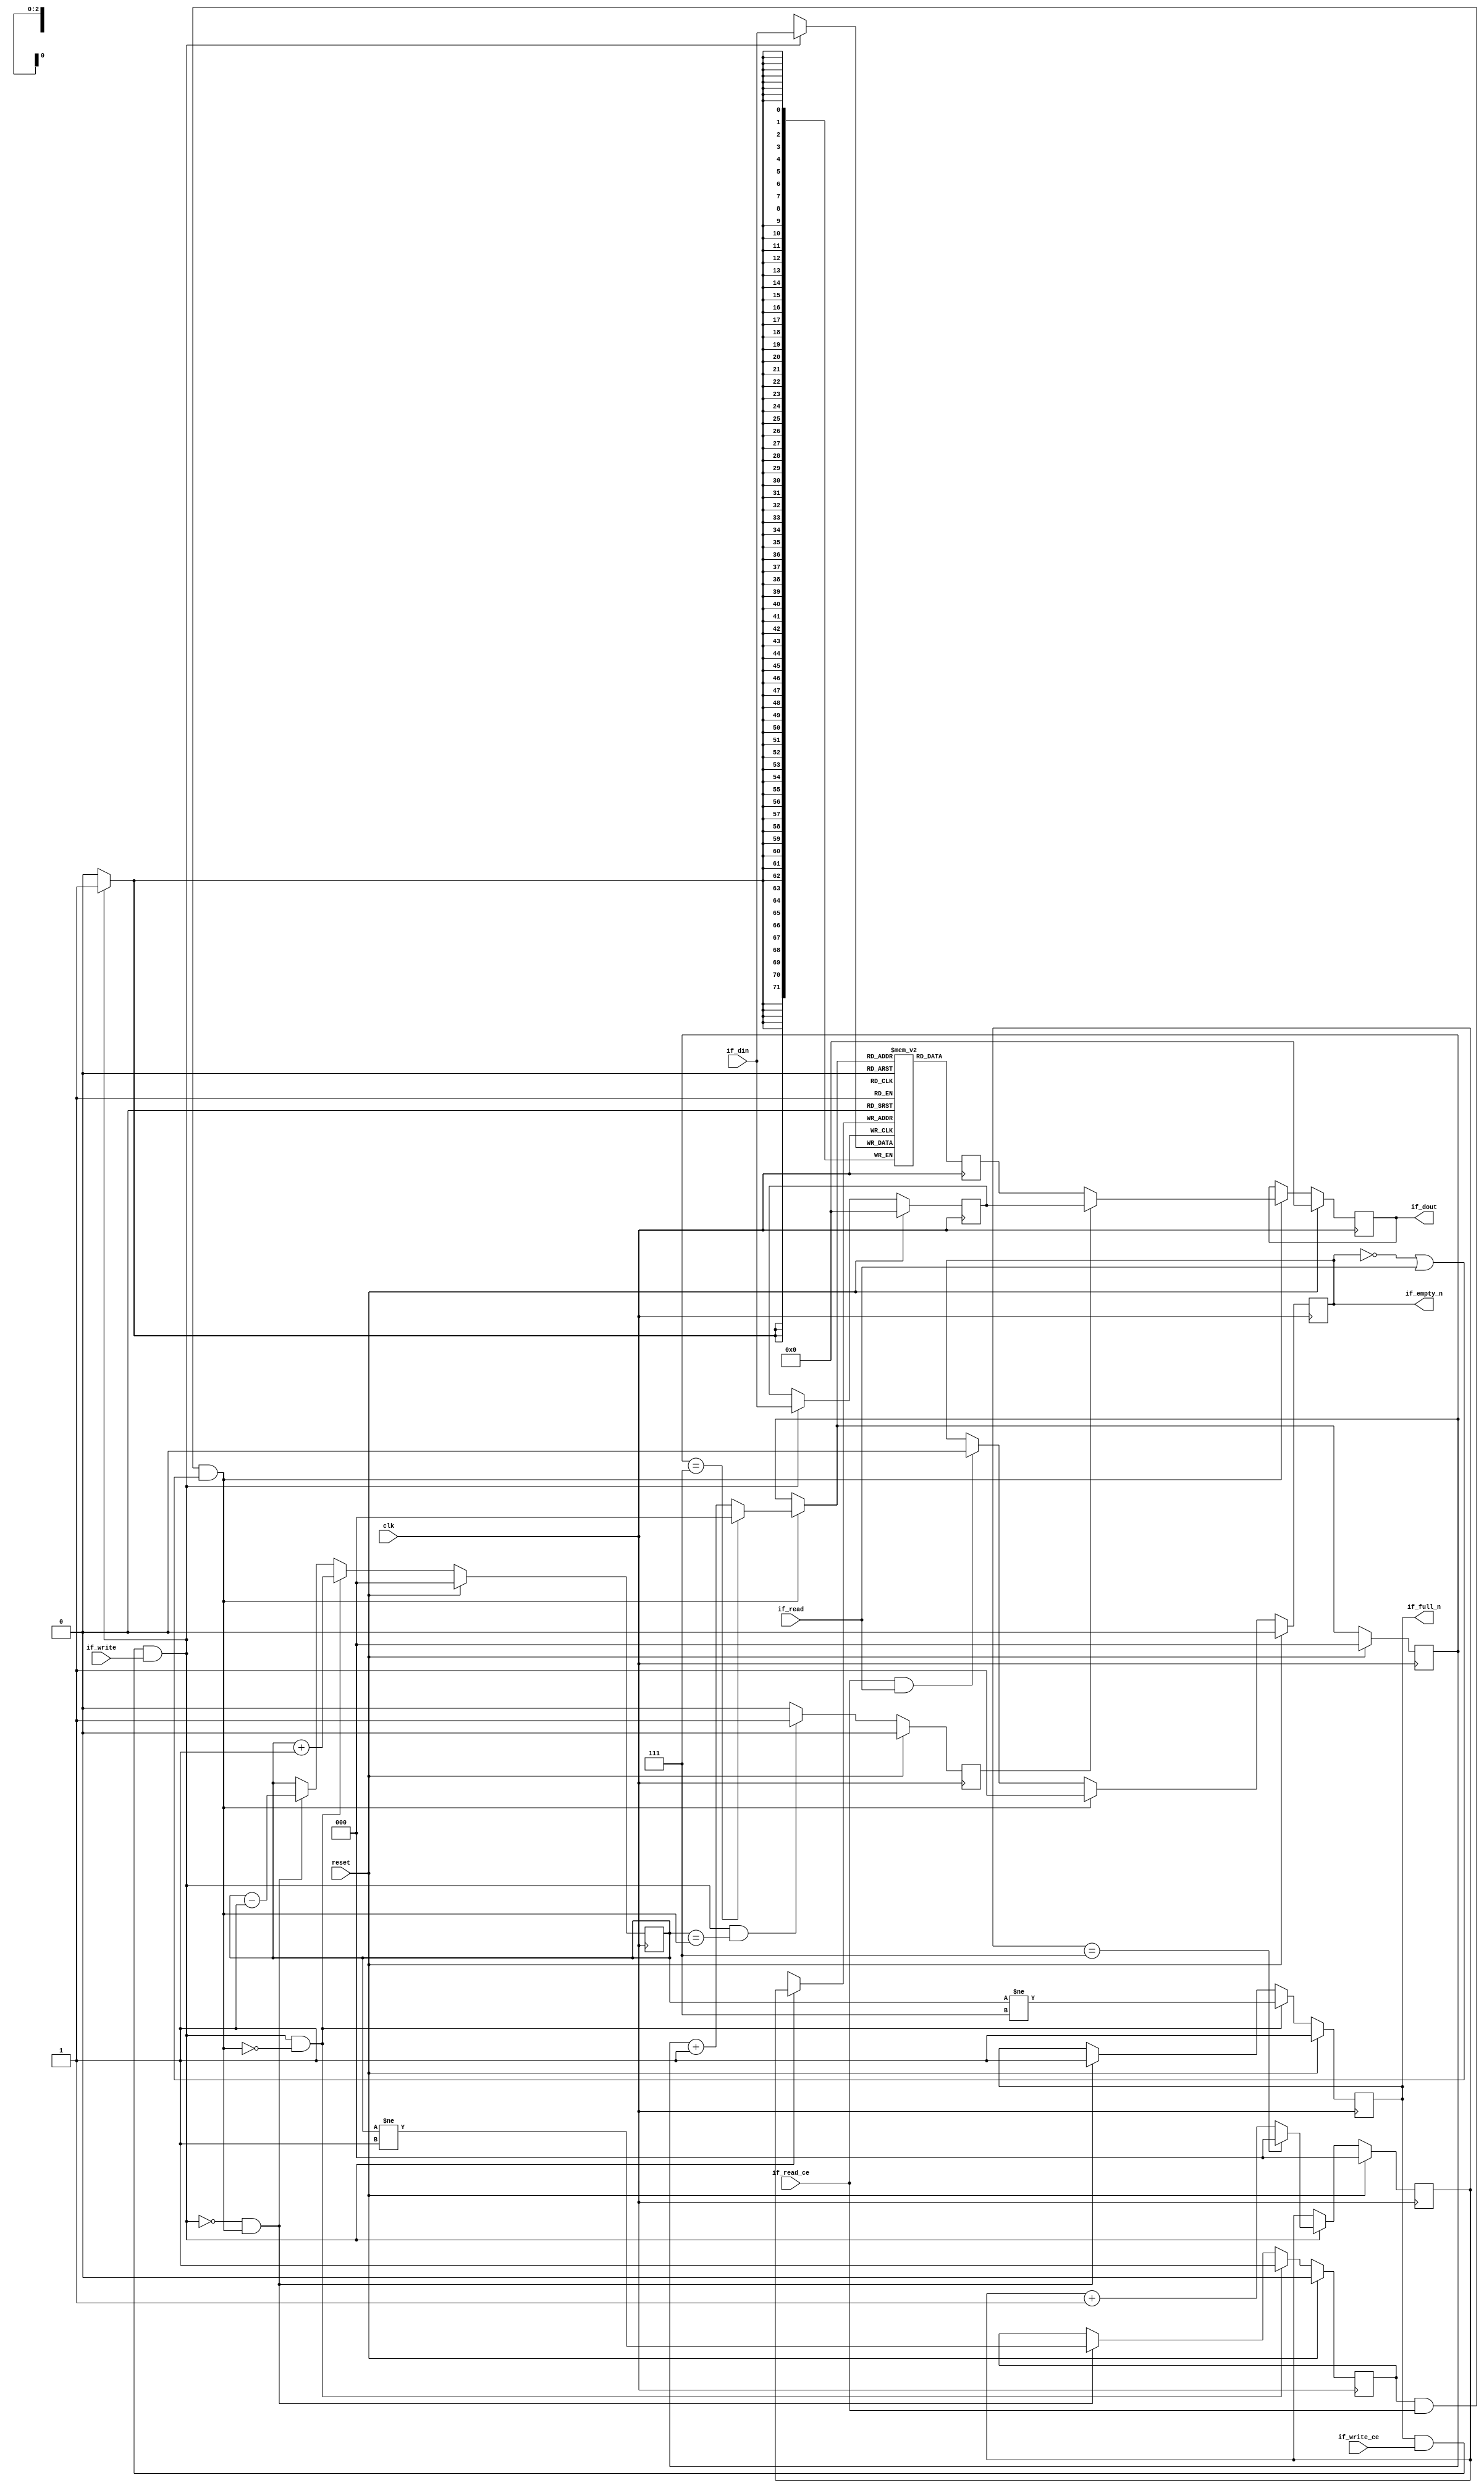
// ==============================================================
// File generated by Vivado(TM) HLS - High-Level Synthesis from C, C++ and SystemC
// Version: 2015.1
// Copyright (C) 2015 Xilinx Inc. All rights reserved.
// 
// ==============================================================


`timescale 1ns/1ps

module FIFO_toe_rxTcpFsm2wrAccessBreakdown_V
#(parameter
    MEM_STYLE  = "block",
    DATA_WIDTH = 72,
    ADDR_WIDTH = 3,
    DEPTH      = 8
)
(
    // system signal
    input  wire                  clk,
    input  wire                  reset,

    // write
    output wire                  if_full_n,
    input  wire                  if_write_ce,
    input  wire                  if_write,
    input  wire [DATA_WIDTH-1:0] if_din,

    // read
    output wire                  if_empty_n,
    input  wire                  if_read_ce,
    input  wire                  if_read,
    output wire [DATA_WIDTH-1:0] if_dout
);
//------------------------Parameter----------------------

//------------------------Local signal-------------------
(* ram_style = MEM_STYLE *)
reg  [DATA_WIDTH-1:0] mem[0:DEPTH-1];
reg  [DATA_WIDTH-1:0] q_buf = 1'b0;
reg  [ADDR_WIDTH-1:0] waddr = 1'b0;
reg  [ADDR_WIDTH-1:0] raddr = 1'b0;
wire [ADDR_WIDTH-1:0] wnext;
wire [ADDR_WIDTH-1:0] rnext;
wire                  push;
wire                  pop;
reg  [ADDR_WIDTH-1:0] usedw = 1'b0;
reg                   full_n = 1'b1;
reg                   empty_n = 1'b0;
reg  [DATA_WIDTH-1:0] q_tmp = 1'b0;
reg                   show_ahead = 1'b0;
reg  [DATA_WIDTH-1:0] dout_buf = 1'b0;
reg                   dout_valid = 1'b0;


//------------------------Instantiation------------------

//------------------------Task and function--------------

//------------------------Body---------------------------
assign if_full_n  = full_n;
assign if_empty_n = dout_valid;
assign if_dout    = dout_buf;
assign push       = full_n & if_write_ce & if_write;
assign pop        = empty_n & if_read_ce & (~dout_valid | if_read);
assign wnext      = !push                ? waddr :
                    (waddr == DEPTH - 1) ? 1'b0  :
                    waddr + 1'b1;
assign rnext      = !pop                 ? raddr :
                    (raddr == DEPTH - 1) ? 1'b0  :
                    raddr + 1'b1;

// waddr
always @(posedge clk) begin
    if (reset == 1'b1)
        waddr <= 1'b0;
    else
        waddr <= wnext;
end

// raddr
always @(posedge clk) begin
    if (reset == 1'b1)
        raddr <= 1'b0;
    else
        raddr <= rnext;
end

// usedw
always @(posedge clk) begin
    if (reset == 1'b1)
        usedw <= 1'b0;
    else if (push & ~pop)
        usedw <= usedw + 1'b1;
    else if (~push & pop)
        usedw <= usedw - 1'b1;
end

// full_n
always @(posedge clk) begin
    if (reset == 1'b1)
        full_n <= 1'b1;
    else if (push & ~pop)
        full_n <= (usedw != DEPTH - 1);
    else if (~push & pop)
        full_n <= 1'b1;
end

// empty_n
always @(posedge clk) begin
    if (reset == 1'b1)
        empty_n <= 1'b0;
    else if (push & ~pop)
        empty_n <= 1'b1;
    else if (~push & pop)
        empty_n <= (usedw != 1'b1);
end

// mem
always @(posedge clk) begin
    if (push)
        mem[waddr] <= if_din;
end

// q_buf
always @(posedge clk) begin
    q_buf <= mem[rnext];
end

// q_tmp
always @(posedge clk) begin
    if (reset == 1'b1)
        q_tmp <= 1'b0;
    else if (push)
        q_tmp <= if_din;
end

// show_ahead
always @(posedge clk) begin
    if (reset == 1'b1)
        show_ahead <= 1'b0;
    else if (push && usedw == pop)
        show_ahead <= 1'b1;
    else
        show_ahead <= 1'b0;
end

// dout_buf
always @(posedge clk) begin
    if (reset == 1'b1)
        dout_buf <= 1'b0;
    else if (pop)
        dout_buf <= show_ahead? q_tmp : q_buf;
end

// dout_valid
always @(posedge clk) begin
    if (reset == 1'b1)
        dout_valid <= 1'b0;
    else if (pop)
        dout_valid <= 1'b1;
    else if (if_read_ce & if_read)
        dout_valid <= 1'b0;
end

endmodule